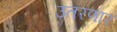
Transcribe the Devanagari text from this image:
उतरणार